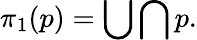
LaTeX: \pi_{1}(p)=\bigcup\bigcap p.